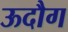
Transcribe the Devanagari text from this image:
ऊदौग